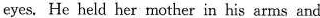
eyes.He held her mother in his arns and